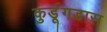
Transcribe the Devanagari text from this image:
कुर्डूगडास